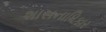
શાસનાધિકાર